Report on sanitation, dispensaries, and jails in Rajputana for 1917, and on vaccination for the year 1917-1918 - 1917-1918
Year: 1917
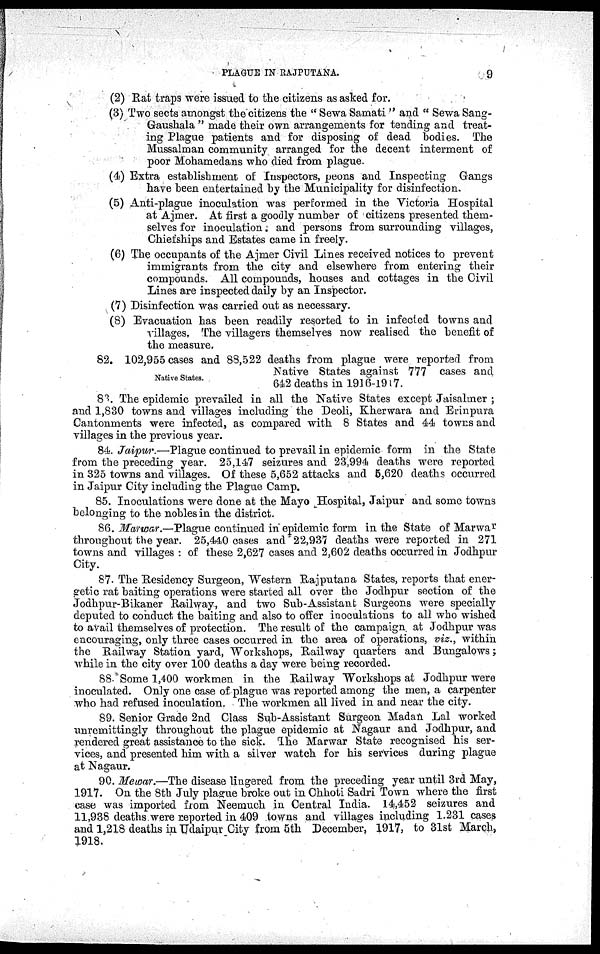
PLAGUE IN RAJPUTANA.
9
(2) Rat traps were issued to the citizens as asked for.
(3) Two sects amongst the citizens the " Sewa Samati " and " Sewa Sang¬
Gaushala " made their own arrangements for tending and treat-
ing Plague patients and for disposing of dead bodies. The
Mussalman community arranged for the decent interment of
poor Mohamedans who died from plague.
(4) Extra establishment of Inspectors, peons and Inspecting Gangs
have been entertained by the Municipality for disinfection.
(5) Anti-plague inoculation was performed in the Victoria Hospital
at Ajmer. At first a goodly number of citizens presented them-
selves for inoculation. and persons from surrounding villages,
Chiefships and Estates came in freely.
(6) The occupants of the Ajmer Civil Lines received notices to prevent
immigrants from the city and elsewhere from entering their
compounds. All compounds, houses and cottages in the Civil
Lines are inspected daily by an Inspector.
(7) Disinfection was carried out as necessary.
(8) Evacuation has been readily resorted to in infected towns and
villages. The villagers themselves now realised the benefit of
the measure.
Native States.
82. 102,955 cases and 88,522 deaths from plague were reported from
Native States against 777 cases and
642 deaths in 1916-1917.
83. The epidemic prevailed in all the Native States except Jaisalmer ;
and 1,830 towns and villages including the Deoli, Kherwara and Erinpura
Cantonments were infected, as compared with 8 States and 44 towns and
villages in the previous year.
84. Jaipur.—Plague continued to prevail in epidemic form in the State
from the preceding year. 25,147 seizures and 23,994 deaths were reported
in 325 towns and villages. Of these 5,652 attacks and 5,620 deaths occurred
in Jaipur City including the Plague Camp.
85. Inoculations were done at the Mayo Hospital, Jaipur and some towns
belonging to the nobles in the district.
86. Marwar.—Plague continued in epidemic form in the State of Marwar
throughout the year. 25,440 cases and 22,937 deaths were reported in 271
towns and villages : of these 2,627 cases and 2,602 deaths occurred in Jodhpur
City.
87. The Residency Surgeon, Western Rajputana States, reports that ener¬
getic rat baiting operations were started all over the Jodhpur section of the
Jodhpur-Bikaner Railway, and two Sub-Assistant Surgeons were specially
deputed to conduct, the baiting and also to offer inoculations to all who wished
to avail themselves of protection. The result of the campaign at Jodhpur was
encouraging, only three cases occurred in the area of operations, viz., within
the Railway Station yard, Workshops, Railway quarters and Bungalows;
while in the city over 100 deaths a day were being recorded.
88. Some 1,400 workmen in the Railway Workshops at Jodhpur were
inoculated. Only one case of plague was reported among the men, a carpenter
who had refused inoculation. The workmen all lived in and near the city.
89. Senior Grade 2nd Class Sub-Assistant Surgeon Madan Lal worked
unremittingly throughout the plague epidemic at Nagaur and Jodhpur, and
rendered great assistance to the sick. The Marwar State recognised his ser-
vices, and presented him with a silver watch for his services during plague
at Nagaur.
90. Mewar.—The disease lingered from the preceding year until 3rd May,
1917. On the 8th July plague broke out in Chhoti Sadri Town where the first
case was imported from Neemuch in Central India. 14,452 seizures and
11,938 deaths were reported in 409 towns and villages including 1.231 cases
and 1,218 deaths in Udaipur City from 5th December, 1917, to 31st March,
1918.